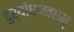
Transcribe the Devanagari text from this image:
दुर्योधनवधम्